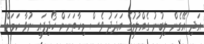
އަދި އޭގެން ލިބުނު ގެއްލުމުގެ އަދަދު ވެސް މިހާތަނަށް ހޯދިފައި ނުވާ ކަމަށް